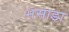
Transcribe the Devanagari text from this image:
भसाडा